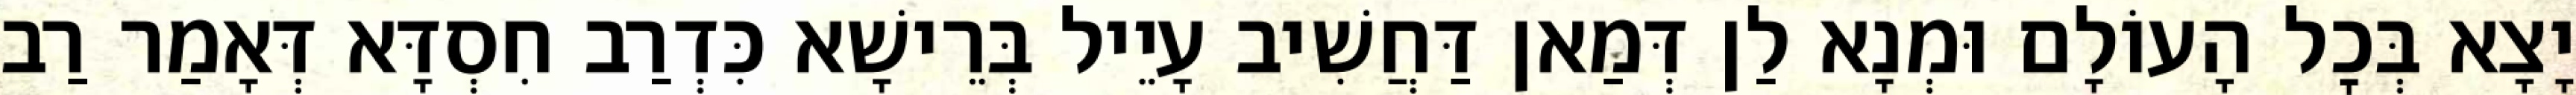
יָצָא בְּכׇל הָעוֹלָם וּמְנָא לַן דְּמַאן דַּחֲשִׁיב עָיֵיל בְּרֵישָׁא כִּדְרַב חִסְדָּא דְּאָמַר רַב